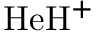
\mathrm { H e H ^ { + } }